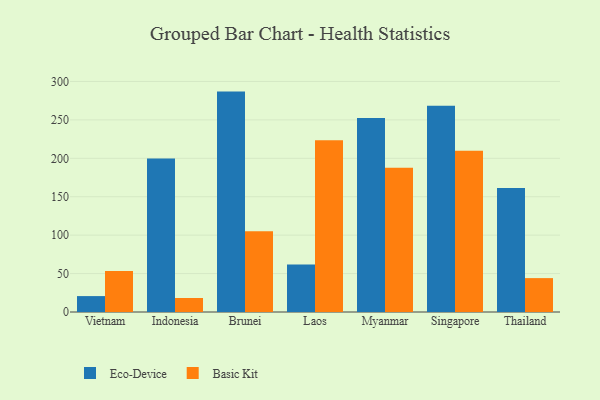
{"axis": {"x": "Country", "y": "Conversion Rate (%)"}, "legend": ["Basic Kit", "Eco-Device"], "data": [{"x": "Vietnam", "y": 20.7, "type": "Eco-Device"}, {"x": "Vietnam", "y": 53.4, "type": "Basic Kit"}, {"x": "Indonesia", "y": 199.8, "type": "Eco-Device"}, {"x": "Indonesia", "y": 18.2, "type": "Basic Kit"}, {"x": "Brunei", "y": 286.8, "type": "Eco-Device"}, {"x": "Brunei", "y": 105.0, "type": "Basic Kit"}, {"x": "Laos", "y": 61.9, "type": "Eco-Device"}, {"x": "Laos", "y": 223.6, "type": "Basic Kit"}, {"x": "Myanmar", "y": 252.4, "type": "Eco-Device"}, {"x": "Myanmar", "y": 187.6, "type": "Basic Kit"}, {"x": "Singapore", "y": 268.3, "type": "Eco-Device"}, {"x": "Singapore", "y": 209.7, "type": "Basic Kit"}, {"x": "Thailand", "y": 161.4, "type": "Eco-Device"}, {"x": "Thailand", "y": 44.1, "type": "Basic Kit"}]}